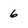
Character: 6